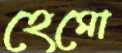
হেমো